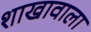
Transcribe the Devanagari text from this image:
शाखावाला